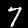
Label: 7